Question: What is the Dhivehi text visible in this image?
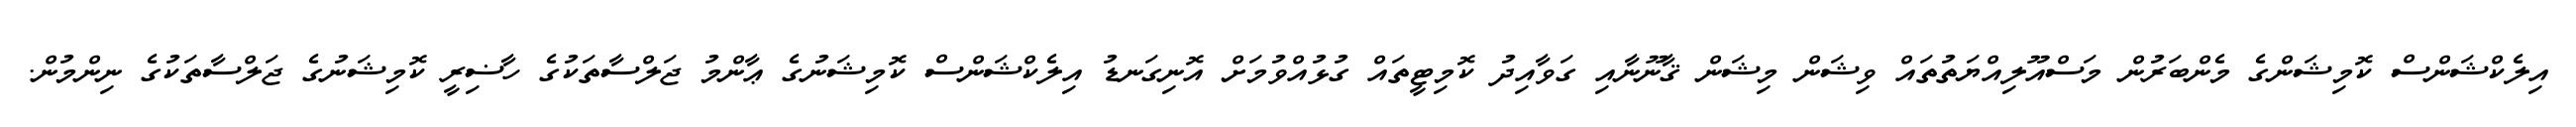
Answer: އިލެކްޝަންސް ކޮމިޝަންގެ މެންބަރުން މަސްއޫލިއްޔަތުތައް ވިޝަން މިޝަން ޤާނޫނާއި ގަވާއިދު ކޮމިޓީތައް ގުޅުއްވުމަށް އޮނިގަނޑު އިލެކްޝަންސް ކޮމިޝަނުގެ ޢާންމު ޖަލްސާތަކުގެ ހާޟިރީ ކޮމިޝަނުގެ ޖަލްސާތަކުގެ ނިންމުން.